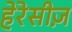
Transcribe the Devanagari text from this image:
हेरेसीज़